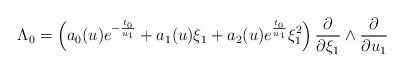
LaTeX: \begin{align*}\Lambda_0=\left(a_0(u)e^{-\frac{t_0}{u_1}}+a_1(u)\xi_1+a_2(u)e^{\frac{t_0}{u_1}}\xi_1^2 \right)\frac{\partial}{\partial \xi_1}\wedge \frac{\partial}{\partial u_1}\end{align*}